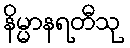
နိမ္မာနရတီသု